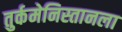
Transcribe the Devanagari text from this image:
तुर्कमेनिस्तानला